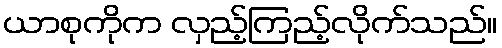
ယာစုကိုက လှည့်ကြည့်လိုက်သည်။